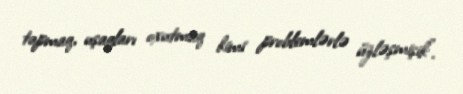
tapmaq, uşaqları oxutmaq kimi problemlərlə üzləşmişik”.